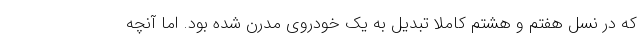
که در نسل هفتم و هشتم کاملا تبدیل به یک خودروی مدرن شده بود. اما آنچه